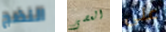
النضج العصى على